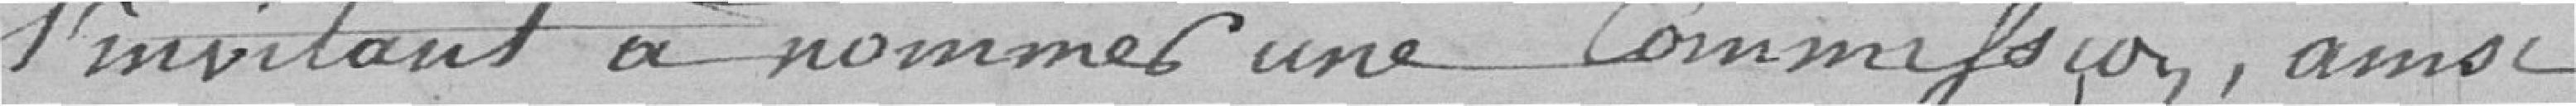
l'invitant à nommer une commission, ainsi